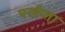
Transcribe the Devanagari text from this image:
पर्याप्ता